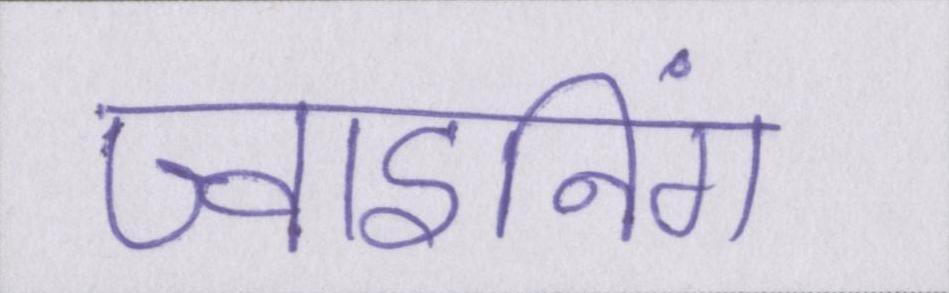
ज्वाइनिंग